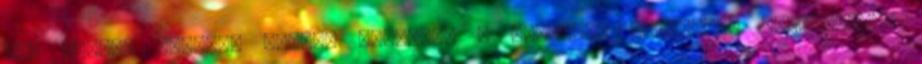
Don Emilio Andrade Gómez. Miközben a fotelben olvasnak. Gyakorlatok